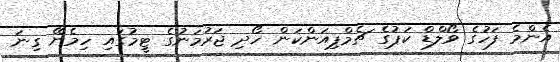
އެންމެ ފަހުގެ ވޯލްޑް ކަޕުގެ ޗެމްޕިއަންކަން ހޯދި ޖަރުމަނުގެ ޓީމުގައި ހިމެނޭ ގިނަ